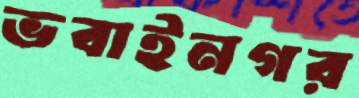
ভবাইনগর